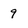
Character: 9